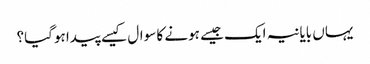
یہاں بایانیہ ایک جیسے ہونے کا سوال کیسے پیدا ہوگیا؟